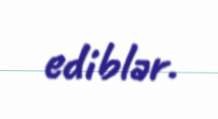
ediblər.